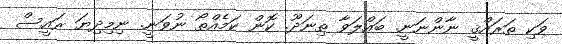
ވަކި ތަރައްޤީ ނާންނަނީ. ބައްލަވާ ތިނަދޫ. ކޮން ކަމެއްތޯ ނުވަނީ. ނިމިދިޔަ ރައީސް